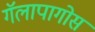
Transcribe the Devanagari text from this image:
गॅलापागोस